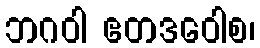
ဘဂဝါ ဧတဒဝေါစ၊